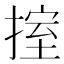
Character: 𢯶